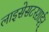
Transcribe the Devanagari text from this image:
लाइसेसटरशाईर्